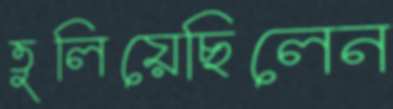
তুলিয়েছিলেন